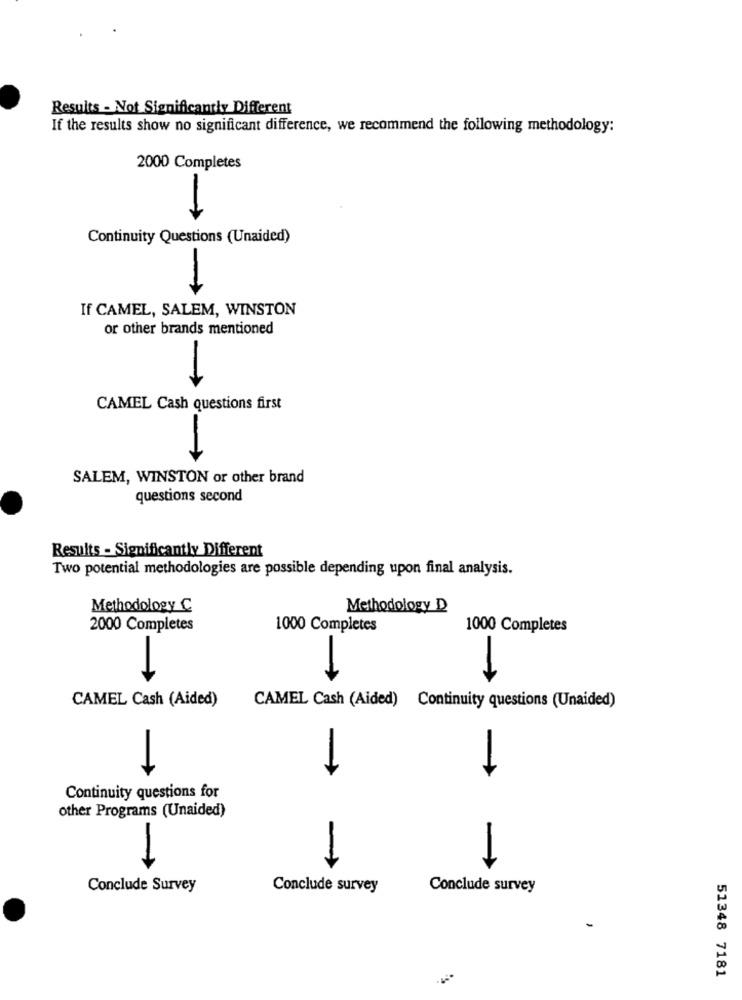
Results - Not Significantly Different
If the results show no significant difference, we recommend the following methodology:
2000 Completes
Continuity Questions (Unaided)
-
If CAMEL, SALEM, WINSTON
or other brands mentioned
CAMEL Cash questions first
SALEM, WINSTON or other brand
questions second
Results - Significantly Different
Two potential methodologies are possible depending upon final analysis.
Methodology C
Methodology D
2000 Completes
1000 Completes
1000 Completes
-
-
CAMEL Cash (Aided)
CAMEL Cash (Aided) Continuity questions (Unaided)
-
->
Continuity questions for
other Programs (Unaided)
-
Conclude Survey
Conclude survey
Conclude survey
51348 7181